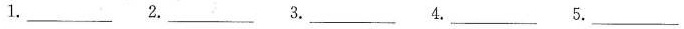
1.___ 2.___ 3.___ 4.___ 5.___